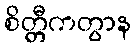
စိတ္တီကတွာန